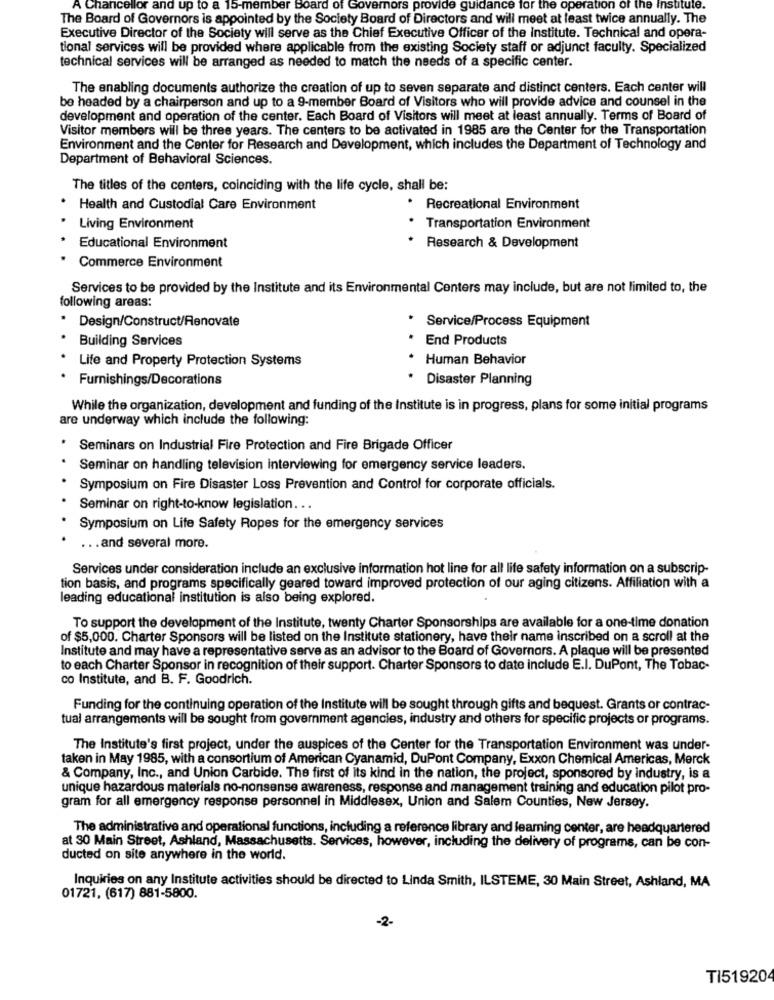
A Chancellor and up to a 15-member Board of Governors provide guidance for the operation of the Institute.
The Board of Governors is appointed by the Society Board of Directors and will meet at least twice annually. The
Executive Director of the Society will serve as the Chief Executive Officer of the Institute. Technical and opera-
tional services will be provided where applicable from the existing Society staff or adjunct faculty. Specialized
technical services will be arranged as needed to match the needs of a specific center.
The enabling documents authorize the creation of up to seven separate and distinct centers. Each center will
be headed by a chairperson and up to a 9-member Board of Visitors who will provide advice and counsel in the
development and operation of the center. Each Board of Visitors will meet at least annually. Terms of Board of
Visitor members will be three years. The centers to be activated in 1985 are the Center for the Transportation
Environment and the Center for Research and Development, which includes the Department of Technology and
Department of Behavioral Sciences.
The titles of the centers, coinciding with the life cycle, shall be:
Health and Custodial Care Environment
· Recreational Environment
Living Environment
Transportation Environment
Educational Environment
Research & Development
Commerce Environment
Services to be provided by the Institute and its Environmental Centers may include, but are not limited to, the
following areas:
* Service/Process Equipment
Design/Construct/Renovate
Building Services
End Products
Life and Property Protection Systems
. Human Behavior
Furnishings/Decorations
* Disaster Planning
While the organization, development and funding of the Institute is in progress, plans for some initial programs
are underway which include the following:
Seminars on Industrial Fire Protection and Fire Brigade Officer
Seminar on handling television Interviewing for emergency service leaders.
Symposium on Fire Disaster Loss Prevention and Control for corporate officials.
Seminar on right-to-know legislation ...
Symposium on Life Safety Ropes for the emergency services
... and several more.
Services under consideration include an exclusive information hot line for all life safety information on a subscrip-
tion basis, and programs specifically geared toward improved protection of our aging citizens. Affiliation with a
leading educational institution is also being explored.
To support the development of the Institute, twenty Charter Sponsorships are available for a one-time donation
of $5,000. Charter Sponsors will be listed on the Institute stationery, have their name inscribed on a scroll at the
Institute and may have a representative serve as an advisor to the Board of Governors. A plaque will be presented
to each Charter Sponsor in recognition of their support. Charter Sponsors to date include E.I. DuPont, The Tobac-
co Institute, and B. F. Goodrich.
Funding for the continuing operation of the Institute will be sought through gifts and bequest. Grants or contrac-
tual arrangements will be sought from government agencies, industry and others for specific projects or programs.
The Institute's first project, under the auspices of the Center for the Transportation Environment was under-
taken in May 1985, with a consortium of American Cyanamid, DuPont Company, Exxon Chemical Americas, Merck
& Company, Inc ., and Union Carbide. The first of its kind in the nation, the project, sponsored by industry, is a
unique hazardous materials no-nonsense awareness, response and management training and education pilot pro-
gram for all emergency response personnel in Middlesex, Union and Salem Counties, New Jersey.
The administrative and operational functions, including a reference library and learning center, are headquartered
at 30 Main Street, Ashland, Massachusetts. Services, however, including the delivery of programs, can be con-
ducted on site anywhere in the world.
Inquiries on any Institute activities should be directed to Linda Smith, ILSTEME, 30 Main Street, Ashland, MA
01721, (617) 881-5800.
-2-
TI51920